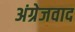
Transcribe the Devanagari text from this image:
अंग्रेजवाद